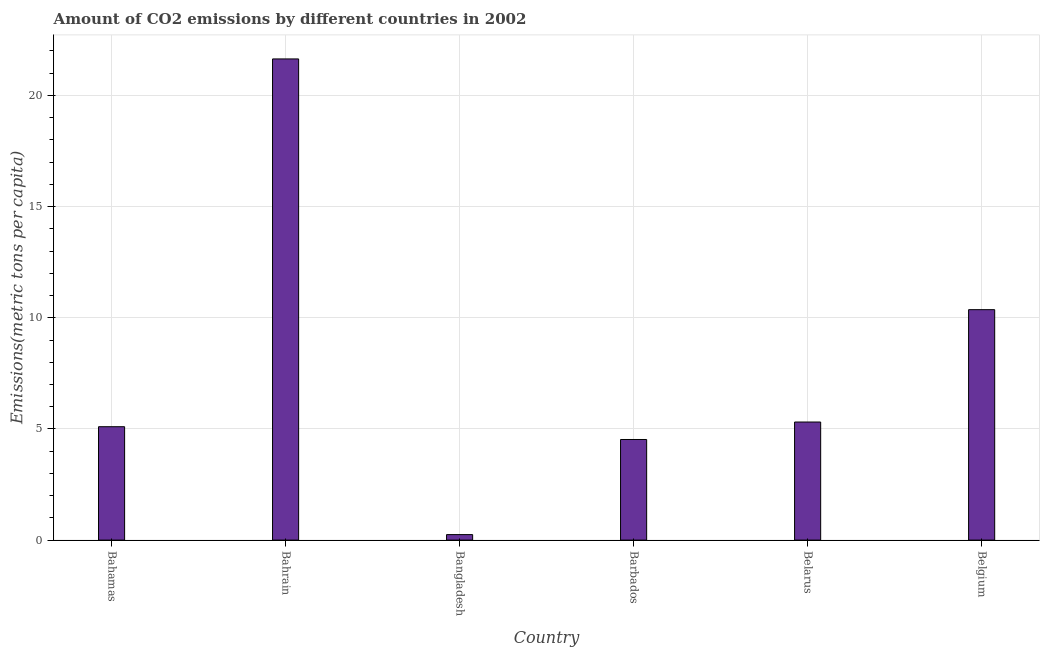
| Country | CO2 emissions |
 | --- | --- |
 | Bahamas | 5.1 |
 | Bahrain | 21.6 |
 | Bangladesh | 0.247 |
 | Barbados | 4.53 |
 | Belarus | 5.31 |
 | Belgium | 10.4 |